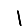
Digit: 1